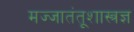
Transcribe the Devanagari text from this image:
मज्जातंतूशास्त्रज्ञ